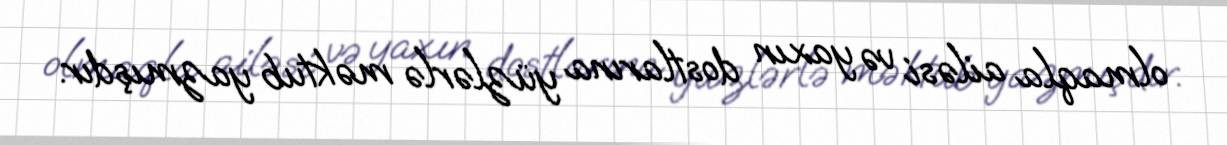
olmaqla ailəsi və yaxın dostlarına yüzlərlə məktub yazmışdır.